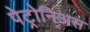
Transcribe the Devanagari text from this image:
पेट्रोनिअस